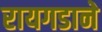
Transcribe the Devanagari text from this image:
रायगडाने